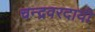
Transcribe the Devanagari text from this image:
चन्द्रवरदायी